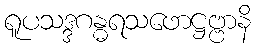
ရူပသဒ္ဒဂန္ဓရသဖောဋ္ဌဗ္ဗာနိ